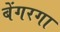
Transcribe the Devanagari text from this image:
बेंगरगा